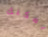
يمكنك